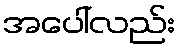
အပေါ်လည်း